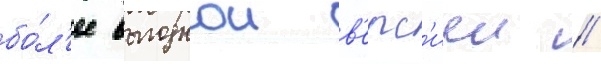
бо́л'ее выгоднои в'ерс'иеи //